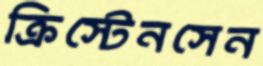
ক্রিস্টেনসেন